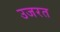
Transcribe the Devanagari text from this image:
उजरत